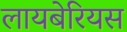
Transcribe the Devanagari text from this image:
लायबेरियस